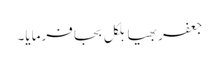
جعفر بھیا بلکل بجا فرمایا۔